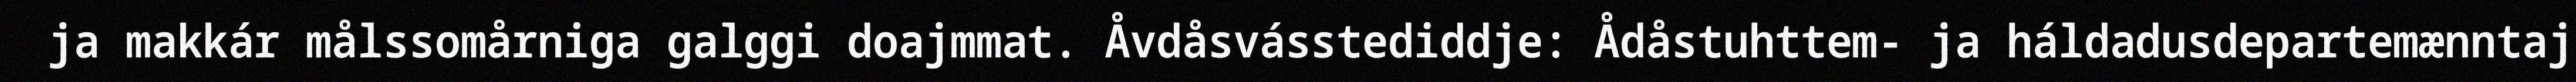
ja makkár målssomårniga galggi doajmmat. Åvdåsvásstediddje: Ådåstuhttem- ja háldadusdepartemænntaj